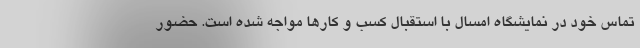
تماس خود در نمایشگاه امسال با استقبال کسب و کارها مواجه شده است. حضور